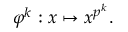
\varphi ^ { k } : x \mapsto x ^ { p ^ { k } } .